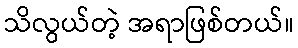
သိလွယ်တဲ့ အရာဖြစ်တယ်။